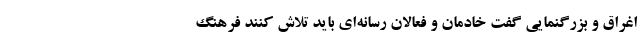
اغراق و بزرگنمایی گفت خادمان و فعالان رسانه‌ای باید تلاش کنند فرهنگ